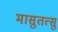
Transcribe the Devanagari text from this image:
मासुतत्सु